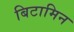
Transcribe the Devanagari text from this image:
बिटामिन